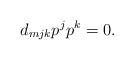
LaTeX: \begin{align*}d_{mjk}p^jp^k=0.\end{align*}